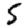
Digit: 5